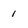
Character: 1